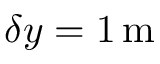
\delta y = 1 \mathrm { \, m }